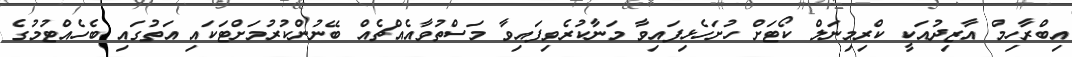
އިބްރާހިމް އާޒިދުއަކީ ކްރިމިނަލް ކޯޓަށް ހުށަހެޅިފައިވާ މަނާކުރެވިފައިވާ މަސްތުވާއެއްޗެއް ބޭނުންކުރުމަށްޓަކައި އަތުގައި ބެހެއްޓުމުގެ